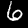
Digit: 6